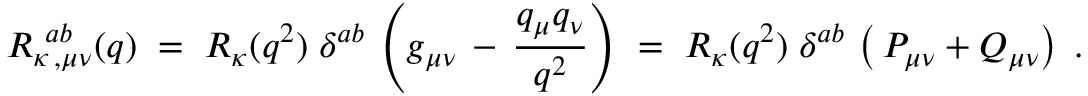
{ \cal R } _ { \kappa \, , \mu \nu } ^ { \; \, a b } ( q ) \; = \; { R } _ { \kappa } ( q ^ { 2 } ) \; \delta ^ { a b } \, \left( g _ { \mu \nu } \, - \, \frac { q _ { \mu } q _ { \nu } } { q ^ { 2 } } \right) \; = \; { R } _ { \kappa } ( q ^ { 2 } ) \; \delta ^ { a b } \, \left( \, P _ { \mu \nu } + Q _ { \mu \nu } \right) \; .